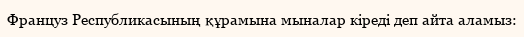
Француз Республикасының құрамына мыналар кіреді деп айта аламыз: